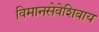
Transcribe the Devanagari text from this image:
विमानसेवेशिवाय